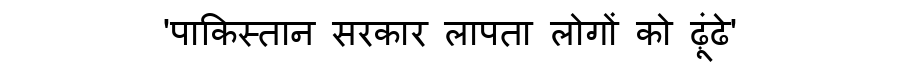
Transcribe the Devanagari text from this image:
'पाकिस्तान सरकार लापता लोगों को ढ़ूंढे'